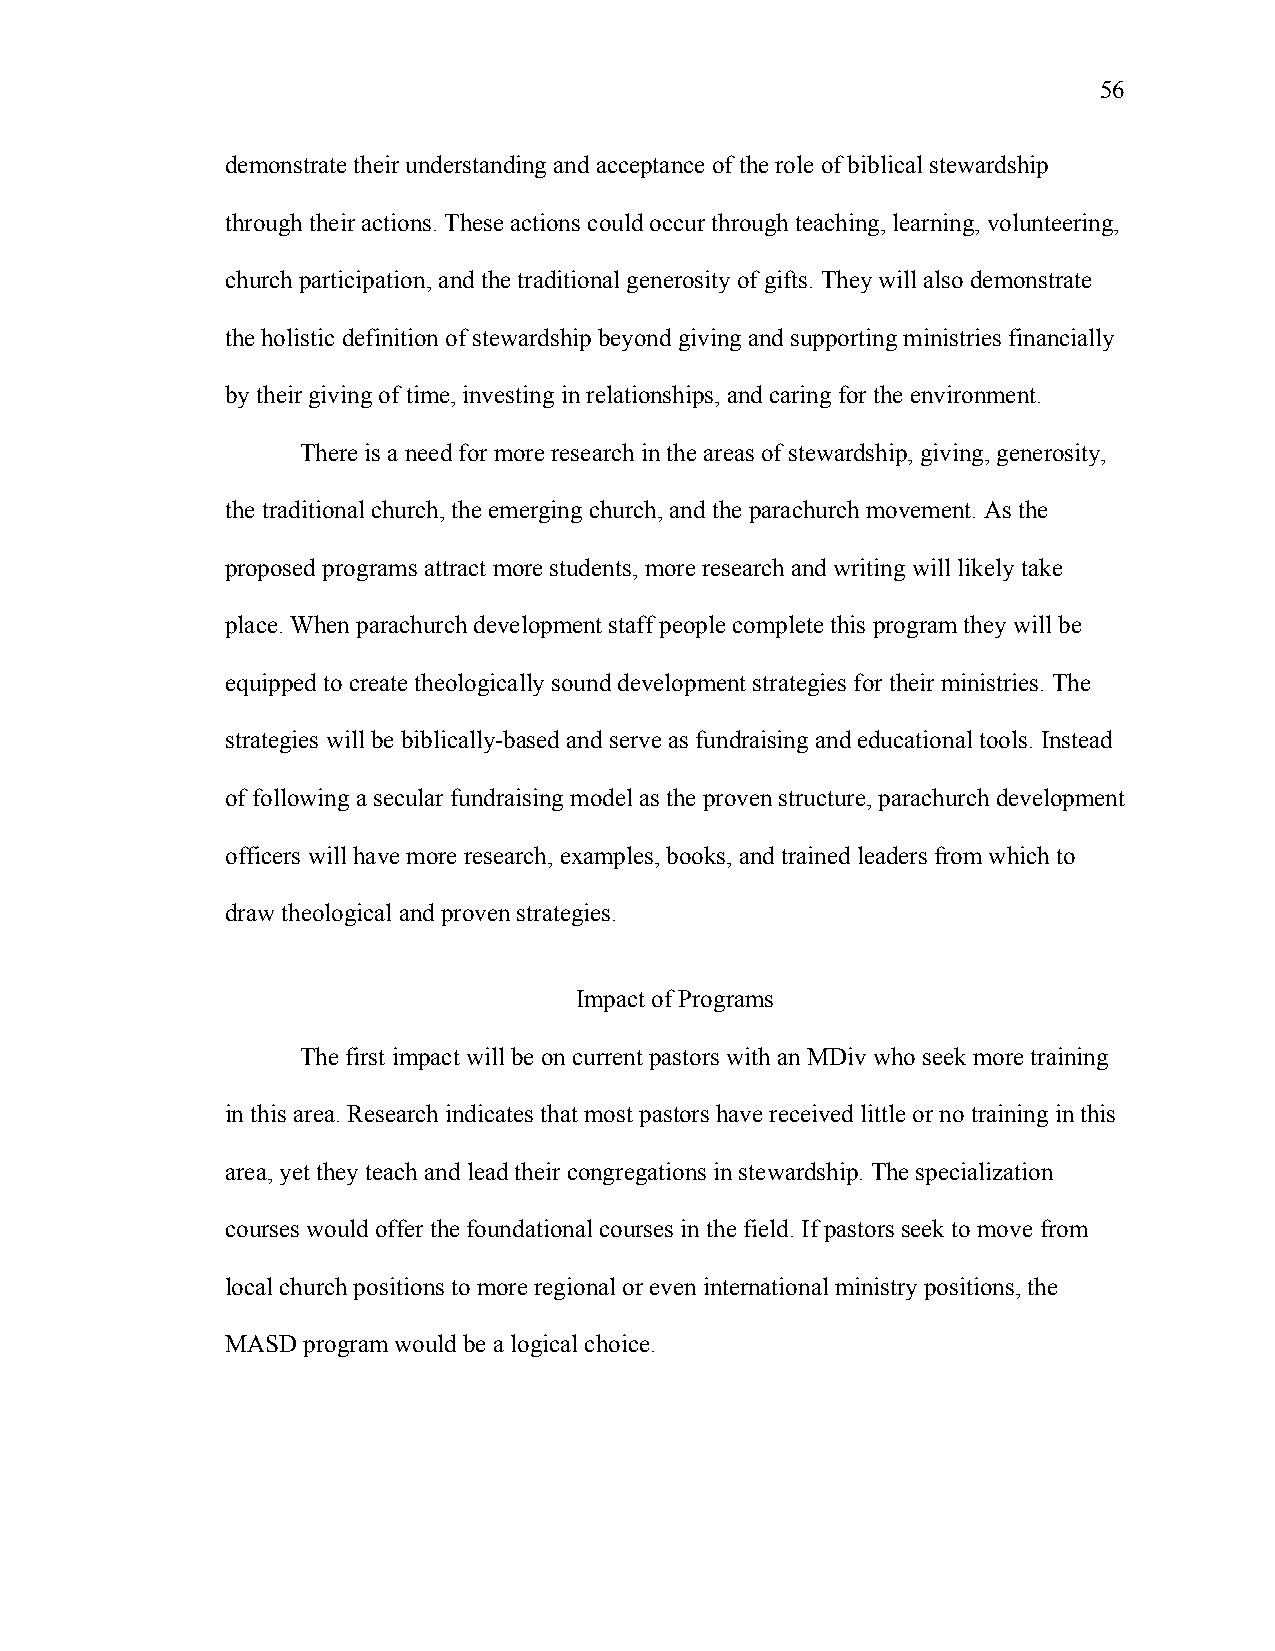
56
 demonstrate their understanding and acceptance of the role of biblical stewardship
 through their actions. These actions could occur through teaching, learning, volunteering,
 church participation, and the traditional generosity of gifts. They will also demonstrate
 the holistic definition of stewardship beyond giving and supporting ministries financially
 by their giving of time, investing in relationships, and caring for the environment.
 There is a need for more research in the areas of stewardship, giving, generosity,
 the traditional church, the emerging church, and the parachurch movement. As the
 proposed programs attract more students, more research and writing will likely take
 place. When parachurch development staff people complete this program they will be
 equipped to create theologically sound development strategies for their ministries. The
 strategies will be biblically-based and serve as fundraising and educational tools. Instead
 of following a secular fundraising model as the proven structure, parachurch development
 officers will have more research, examples, books, and trained leaders from which to
 draw theological and proven strategies.
 Impact of Programs
 The first impact will be on current pastors with an MDiv who seek more training
 in this area. Research indicates that most pastors have received little or no training in this
 area, yet they teach and lead their congregations in stewardship. The specialization
 courses would offer the foundational courses in the field. If pastors seek to move from
 local church positions to more regional or even international ministry positions, the
 MASD program would be a logical choice.